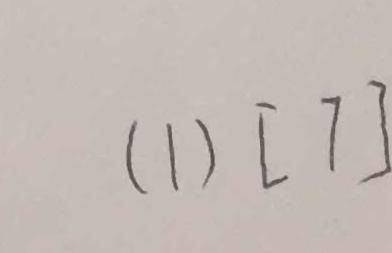
( 1 ) [ 7 ]